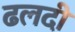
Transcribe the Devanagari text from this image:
ढलदी